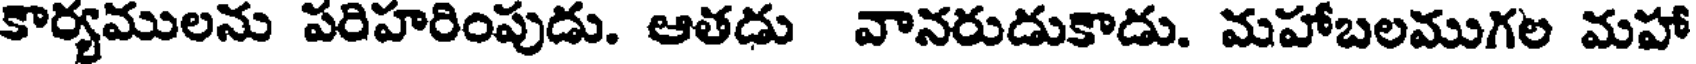
కార్యములను పరిహరింపుడు. ఆతడు వానరుడుకాడు. మహాబలముగల మహా